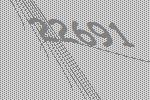
22691